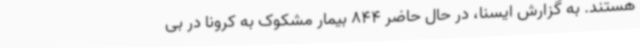
هستند. به گزارش ایسنا، در حال حاضر 844 بیمار مشکوک به کرونا در بی